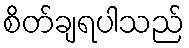
စိတ်ချရပါသည်